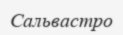
Сальвастро